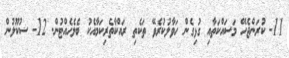
11- ކުރަންޖެހޭ މަސައްކަތާއި ގުޅިގެން ހަވާލުކުރެވޭ ތަކެތި ރައްކާތެރިކަމާއެކު ބެލެހެއްޓުން. 12- ސުކޫލުން